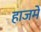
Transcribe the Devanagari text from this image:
हाजमे